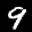
Label: 9